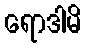
ရောဒါမိ